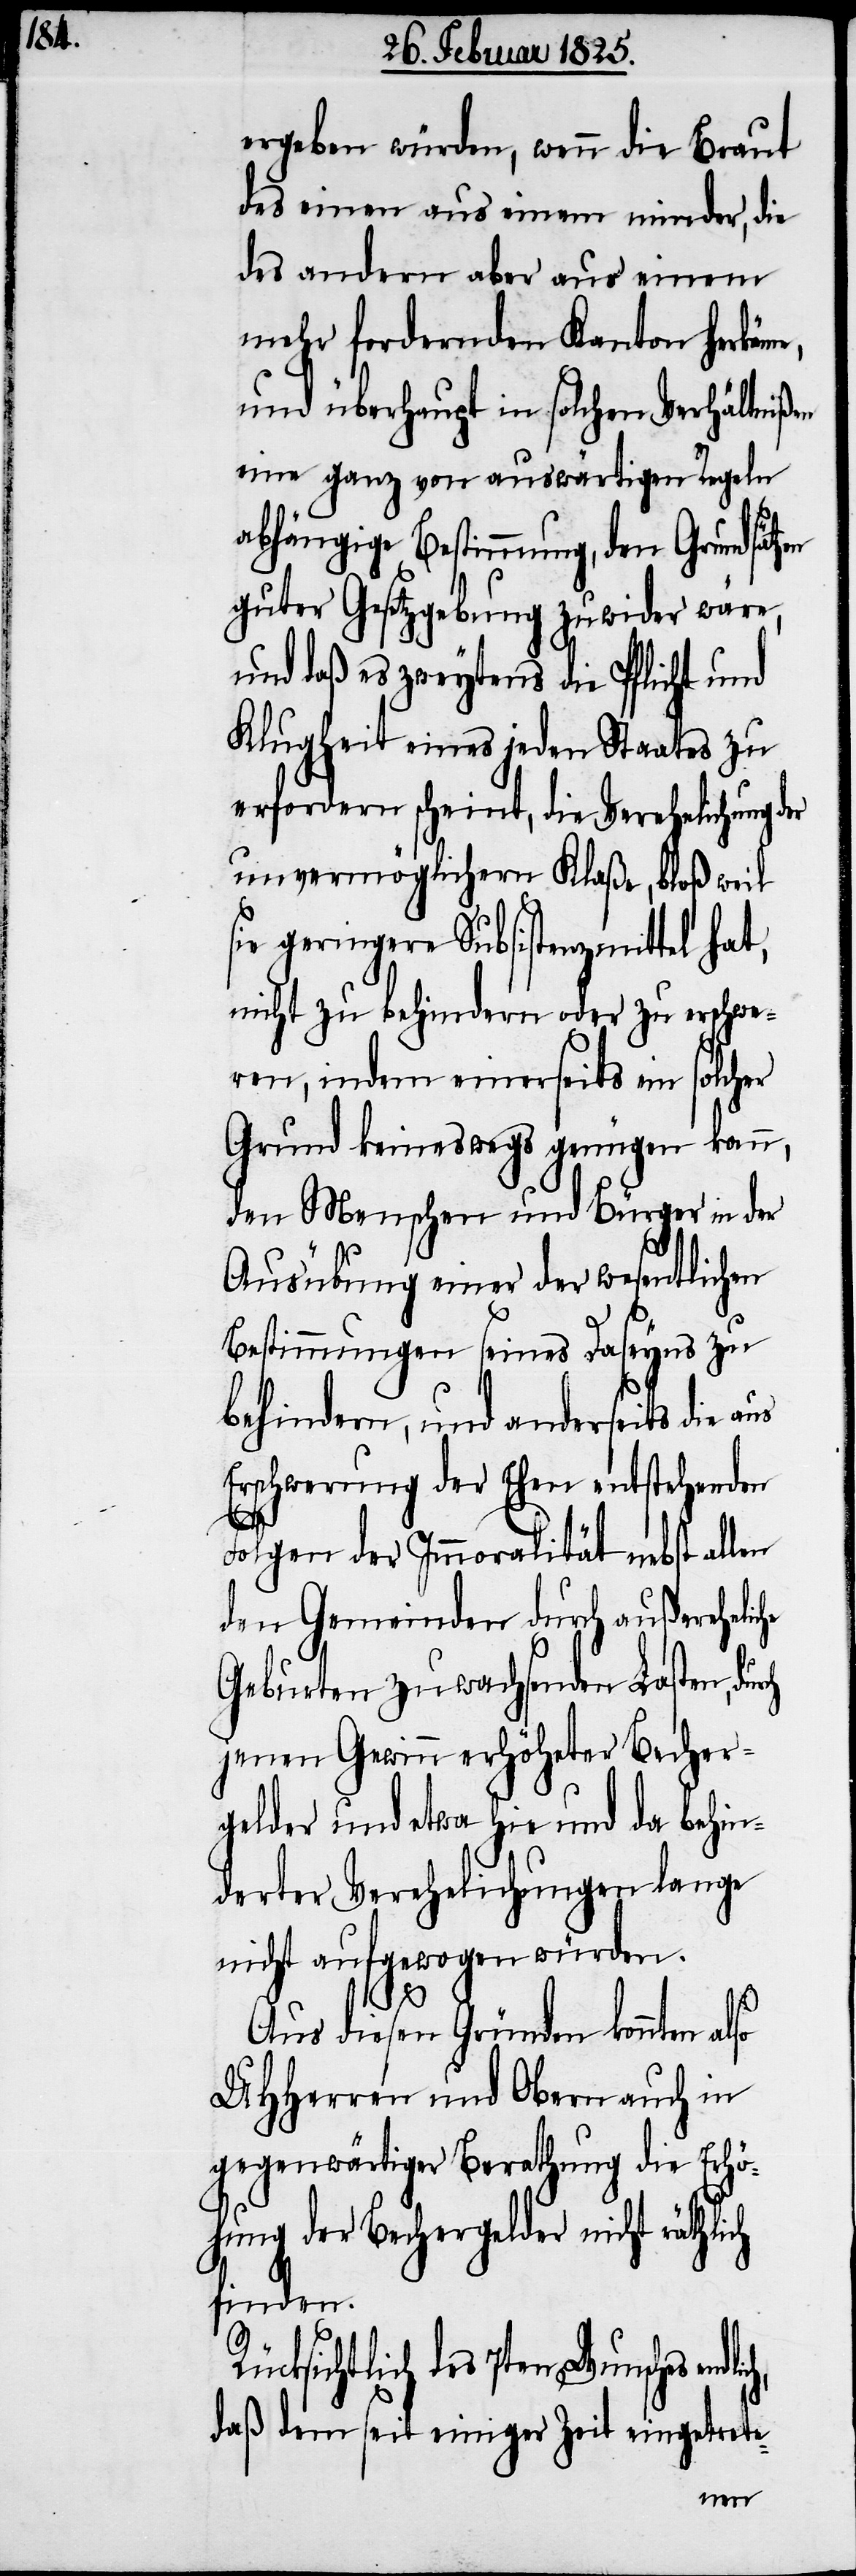
ergeben würden, wenn die Braut
des einen aus einem minder, die
des andern aber aus einem
mehr fordernden Kanton herkäme,
und überhaupt in solchen Verhältnißen
eine ganz von auswärtigen Regeln
abhängige Bestimmung, den Grundsätzen
guter Gesetzgebung zu wider wäre,
und daß es zweytens die Pflicht und
Klugheit eines jeden Staates zu
erfordern scheint, die Verehelichung der
unvermöglichern Klaße, bloß weil
sie geringere Subsistenzmittel hat,
nicht zu behindern oder zu erschwe¬
ren, indem einerseits ein solcher
Grund keineswegs genügen kann,
den Menschen und Bürger in der
Ausübung einer der wesentlichen
Bestimmungen seines Daseyns zu
behindern, und anderseits die aus
Erschwerung der Ehen entstehenden
Folgen der Immoralität nebst allen
den Gemeinden durch außerehelic¬
Geburten zuwachsenden Lasten, dur¬
jenen Gewinn erhöheter Becher¬
gelder und etwa hie und da behin¬
derter Verehelichungen lange
nicht aufgewogen würden.
so
Aus diesen Gründen konnten al¬
UHHerren und Obern auch in
gegenwärtiger Berathung die Erhö¬
hung der Bechergelder nicht räthlich
finden.
ücksichtlich des 7ten Wunsches endl¬
daß dem seit einiger Zeit eingetrete-
ich,